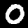
Label: 0